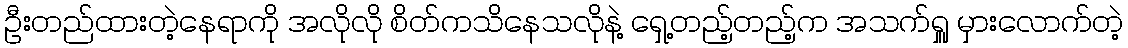
ဦးတည်ထားတဲ့နေရာကို အလိုလို စိတ်ကသိနေသလိုနဲ့ ရှေ့တည့်တည့်က အသက်ရှူ မှားလောက်တဲ့